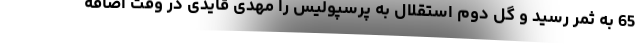
65 به ثمر رسید و گل دوم استقلال به پرسپولیس را مهدی قایدی در وقت اضافه